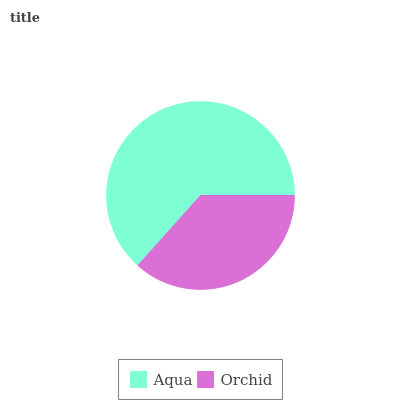
| Aqua | Orchid |
 | --- | --- |
 | 63.4% | 36.6% |